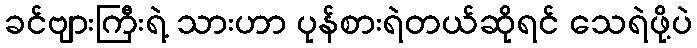
ခင်ဗျားကြီးရဲ့ သားဟာ ပုန်စားရဲတယ်ဆိုရင် သေရဲဖို့ပဲ